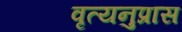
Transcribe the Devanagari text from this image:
वृत्यनुप्रास